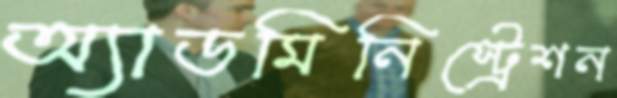
অ্যাডমিনিস্ট্রেশন